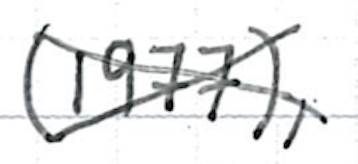
Text: (1977),
Cross-out: cross
Writing tool: ballpoint